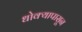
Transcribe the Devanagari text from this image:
धोक्यापासून